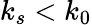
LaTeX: k_{s}<k_{0}